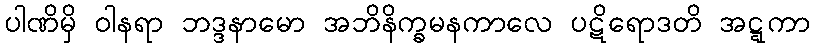
ပါဏိမှိ ဝါနရာ ဘဒ္ဒနာမော အဘိနိက္ခမနကာလေ ပဋိရောဒတိ အဋ္ဋကာ